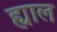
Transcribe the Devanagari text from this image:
ह्याल